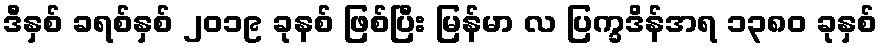
ဒီနှစ် ခရစ်နှစ် ၂၀၁၉ ခုနစ် ဖြစ်ပြီး မြန်မာ လ ပြက္ခဒိန်အရ ၁၃၈၀ ခုနှစ်